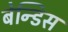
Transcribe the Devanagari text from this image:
बेन्डिस